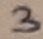
Text: 3